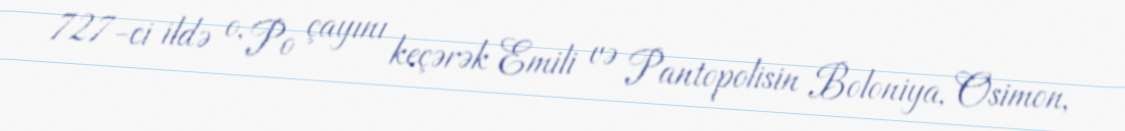
727-ci ildə o, Po çayını keçərək Emili və Pantopolisin Boloniya, Osimon,